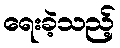
ရေးခဲ့သည့်